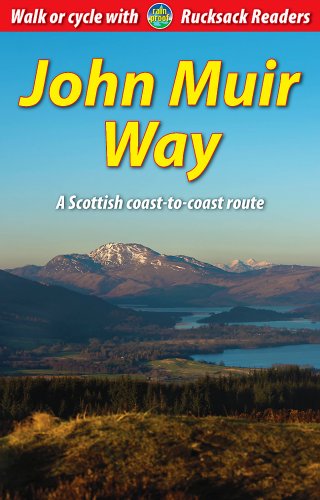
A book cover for John Muir Way; Sandra Bardwell; Sports & Outdoors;